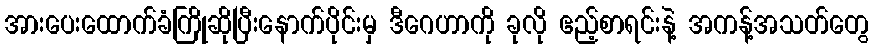
အားပေးထောက်ခံကြိုဆိုပြီးနောက်ပိုင်းမှ ဒီဂေဟာကို ခုလို ဧည့်စာရင်းနဲ့ အကန့်အသတ်တွေ